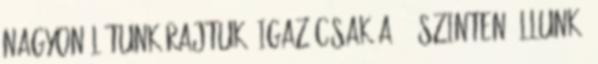
nagyon látunk rajtuk, igaz csak a 2. szinten állunk.